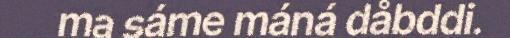
ma sáme máná dåbddi.